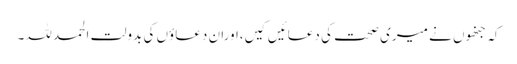
کہ جنھوں نے میری صحت کی دعائیں کیں،اوران دعاؤں کی بدولت الحمد للہ۔